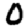
Digit: 0